NAE_ERA_R-1950_Eesti_Ajakirjanike_Liit, lk 67
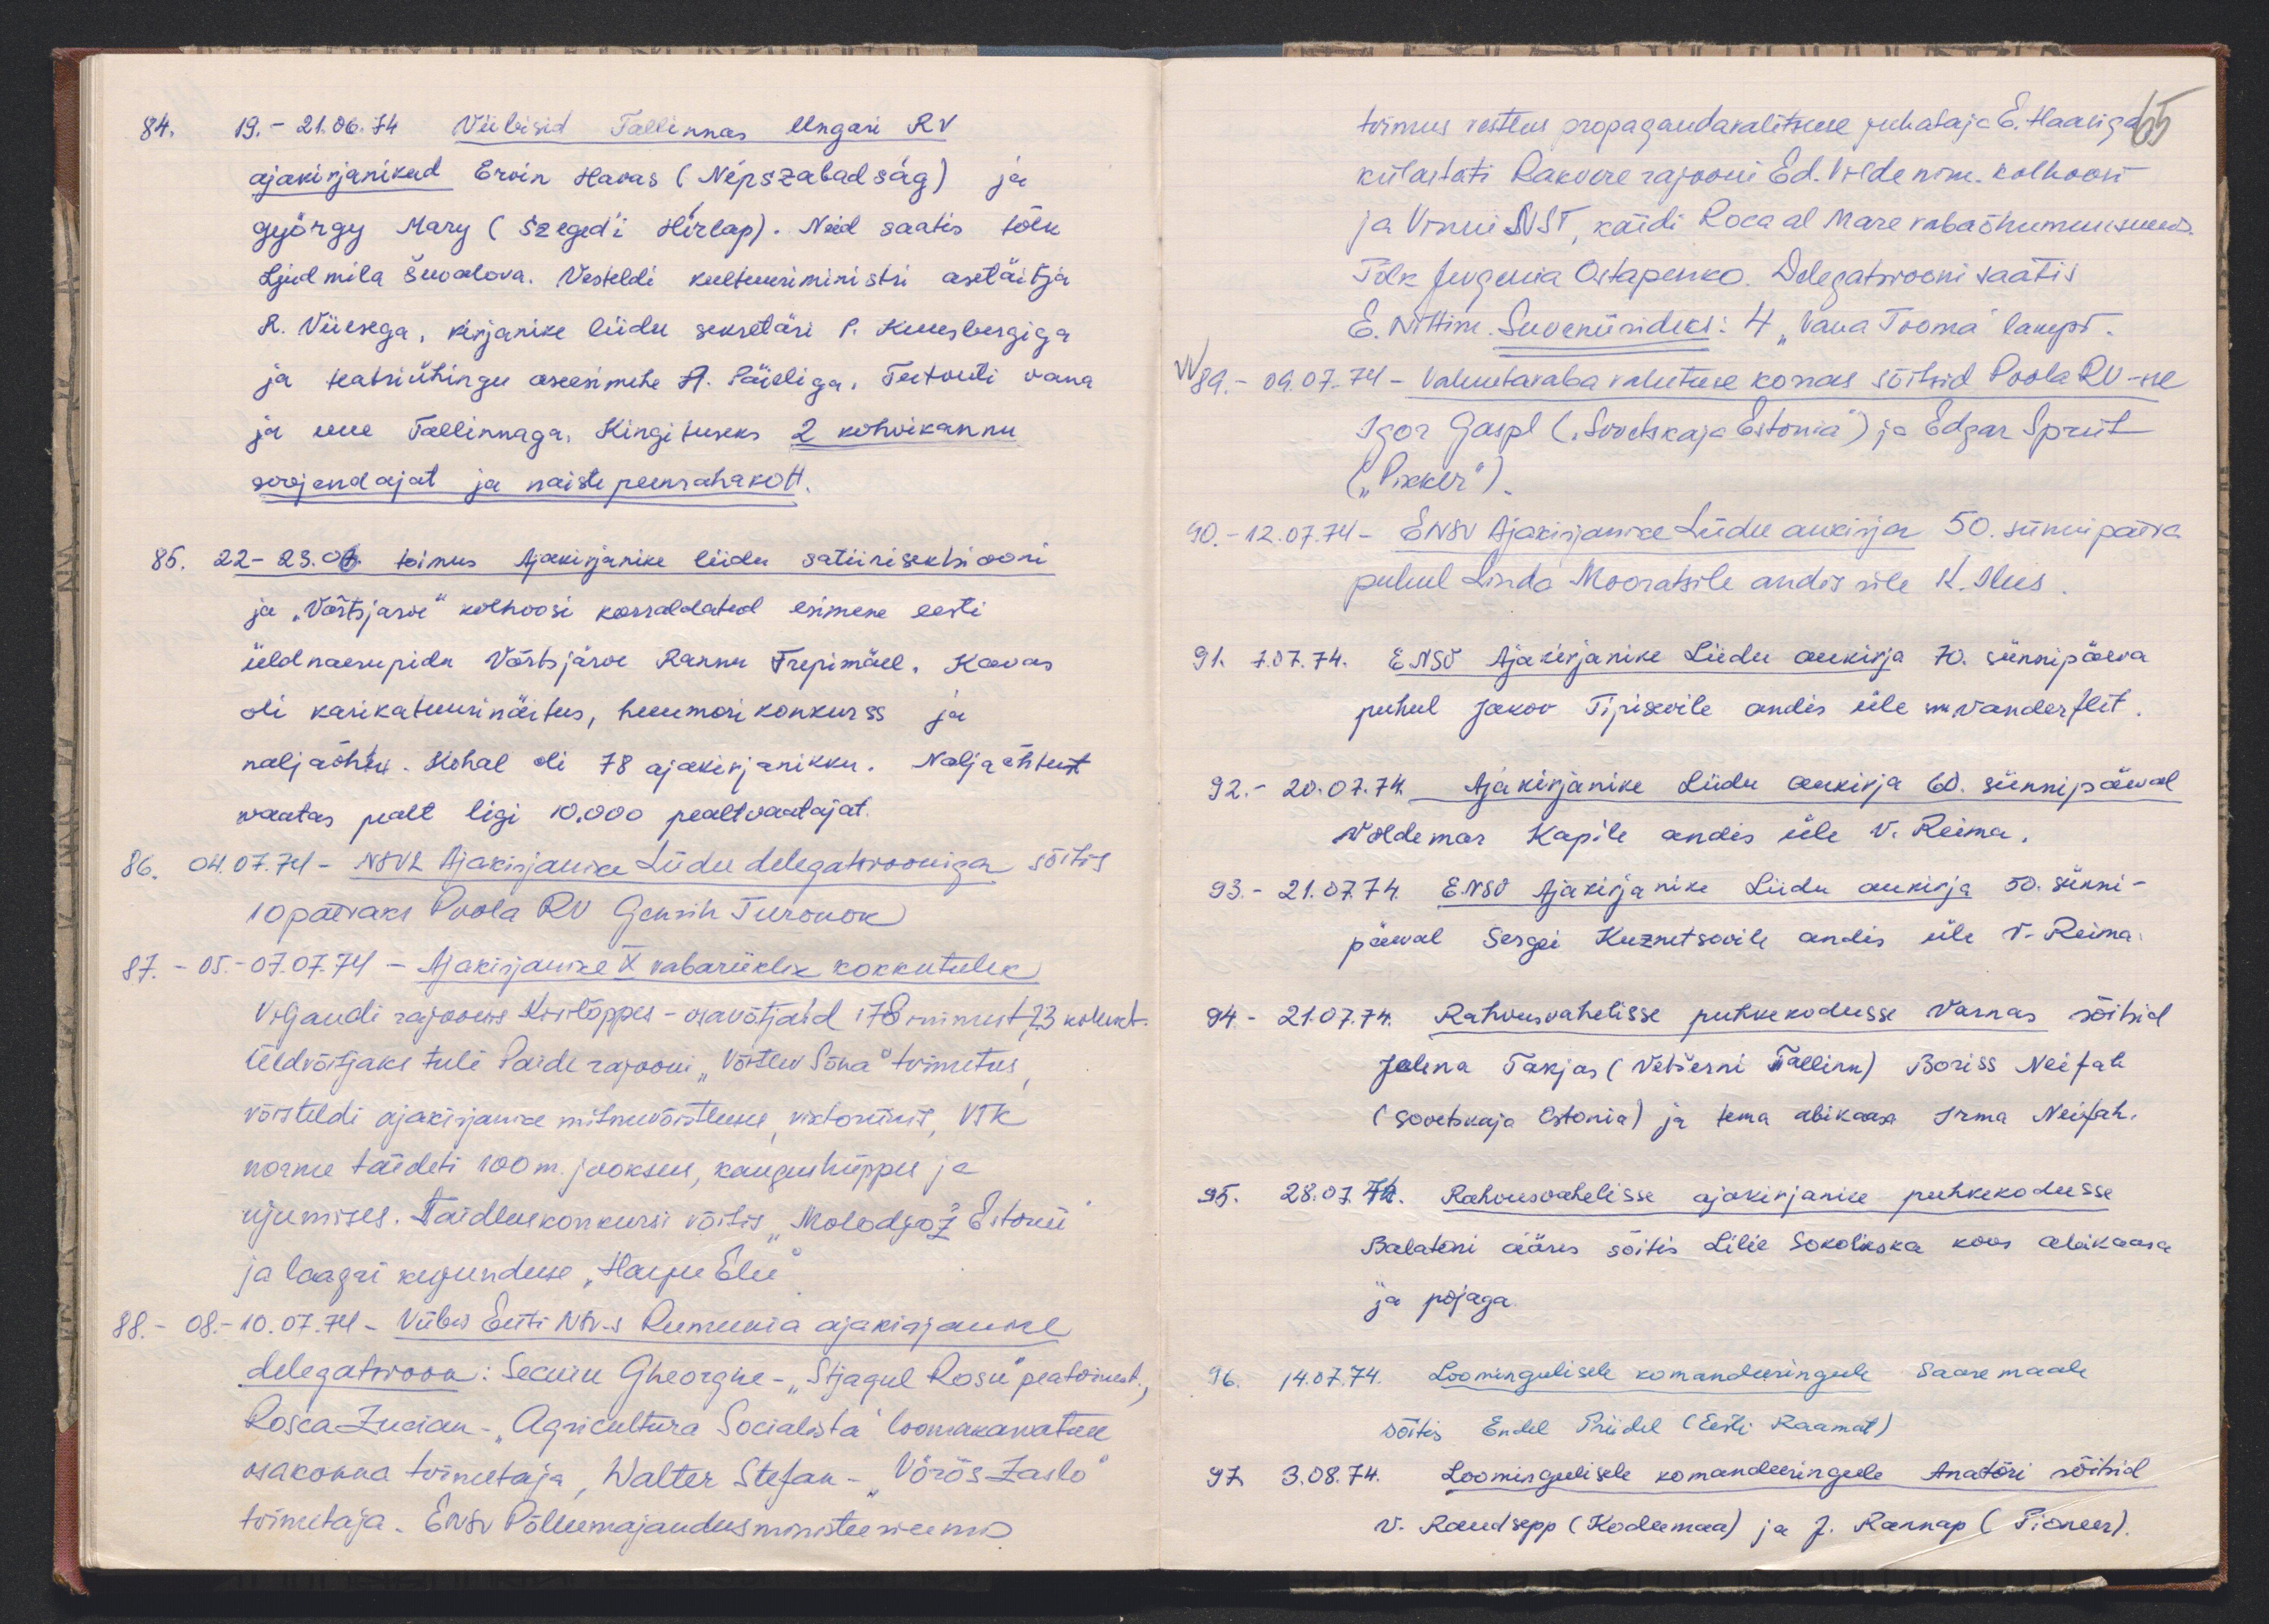
84. 19.-21.06.74 Viibisid Tallinnas Ungari RV
ajakirjanikud Ervin Havas (Népszabadság) ja
György, Mary (Szeged'i Hírlap). Neid saatis tõlk
Ljudmila Šuvalova. Vesteldi kultuuriministri asetäitja
R. Viiesega, Kirjanike liidu sekretäri P. Kuusbergiga
ja teatriühingu aseesimehe A. Päieliga. Tutvuti vana
ja uue Tallinnaga. Kingituseks 2 kohvikannu
soojendajat ja naiste peenrahakott.
85. 22-23.06. toimus Ajakirjanike liidu satiirisektsiooni
ja "Võrtsjarve" kolhoosi korraldatud esimene eesti
üldnaerupida Võrtsjärve Rannu Trepimäel. Kavas
oli karikatuurinäitus, huumorikonkurss ja
naljaõhtu. Kohal oli 78 ajakirjanikku. Naljaõhtust
vaatas pealt ligi 10.000 pealtvaatajat.
86. 04.07.74. NSVL Ajakirjanike Liidu delegatsiooniga sõitis
10 päevaks Poola RV Genrih Turonok
87. - 05.-07.07.74 - Ajakirjanike X vabariiklik kokkutulek
Viljandi rajoonis Kivilõppes - osavõtjaid 178 inimest 23 kollekt.
Üldvõitjaks tuli Paide rajooni "Võitlev Sõna" toimetus
võisteldi ajakirjanike mitmevõistluse, viktoriinis, VTK
norme täideti 100 m. jooksus, kaugushüppes ja
ujumises. Taidluskonkursi võitis "Molodjož Estonii"
ja laagri kujunduse "Harju Elu"
88. - 08.-10.07.74. Viibis Eesti NSV-s Rumeenia ajakirjanike
delegatsioon: Secuiu Gheorghe - "Stjagul Rosu" peatoimet.
Rosca Zucian - "Agricultura Socialista" loomakasvatuse
osakonna toimetaja, Walter Stefan - "Vörõs Zaslo"
toimetaja. ENSV Põllumajandusministeeriumis

toimus vestlus propagandavalitsuse juhataja E. Haaliga
65
külastati Rakvere rajooni Ed. Vilde nim. kolhoosi
ja Vinni NST, käidi Roca al Mare vabaõhumuuseumis
Tõlk Jevgenia Ostapenko. Delegatsiooni saatis
E. Nittim. Suveniirideks: 4 "Vana Tooma" lampi.
VV 89. - 09.07.74. Valuutavaba vahetuse korras sõitsid Poola RV-sse
Igor Gaspl ("Sovetskaja Estonia") ja Edgar Spriit
("Pikker").
90. - 12.07.74 - ENSV Ajakirjanike Liidu aukirja 50. sünnipäeva
puhul Linda Mooratsile andis üle K. Ilus
91. 7.07.74. ENSV Ajakirjanike Liidu aukirja 70. sünnipäeva
puhul Jakov Tipisevile andis üle sm. Vanderfelt
92. - 20.07.74 Ajakirjanike Liidu aukirja 60. sünnipäeval
Voldemar Kapile andis üle V. Reima.
93. - 21.07.74 ENSV Ajakirjanike Liidu aukirja 50. sünni-
päeval Sergei Kuznetsovile andis üle V. Reima
94. 21.07.74. Rahvusvahelisse puhkekodusse Varnas sõitsid
Jelena Takjas (Vetšerni Tallinn) Boriss Neifah
(Sovetskaja Estonia) ja tema abikaasa Irma Neifah.
35. 28.07.74. Rahvusvahelisse ajakirjanike puhkekodesse
Balatoni ääres sõitis Lilie Sokolikska koos abikaasa
ja pojaga.
96. 14.07.74. Loomingulisele komandeeringule Saaremaale
sõitis Endel Priidel (Eesti Raamat)
97. 3.08.74. Loomingulisele komandeeringule Anatõri sõitsid
V. Raudsepp (Kodumaa) ja J. Rannap (Pioneer).